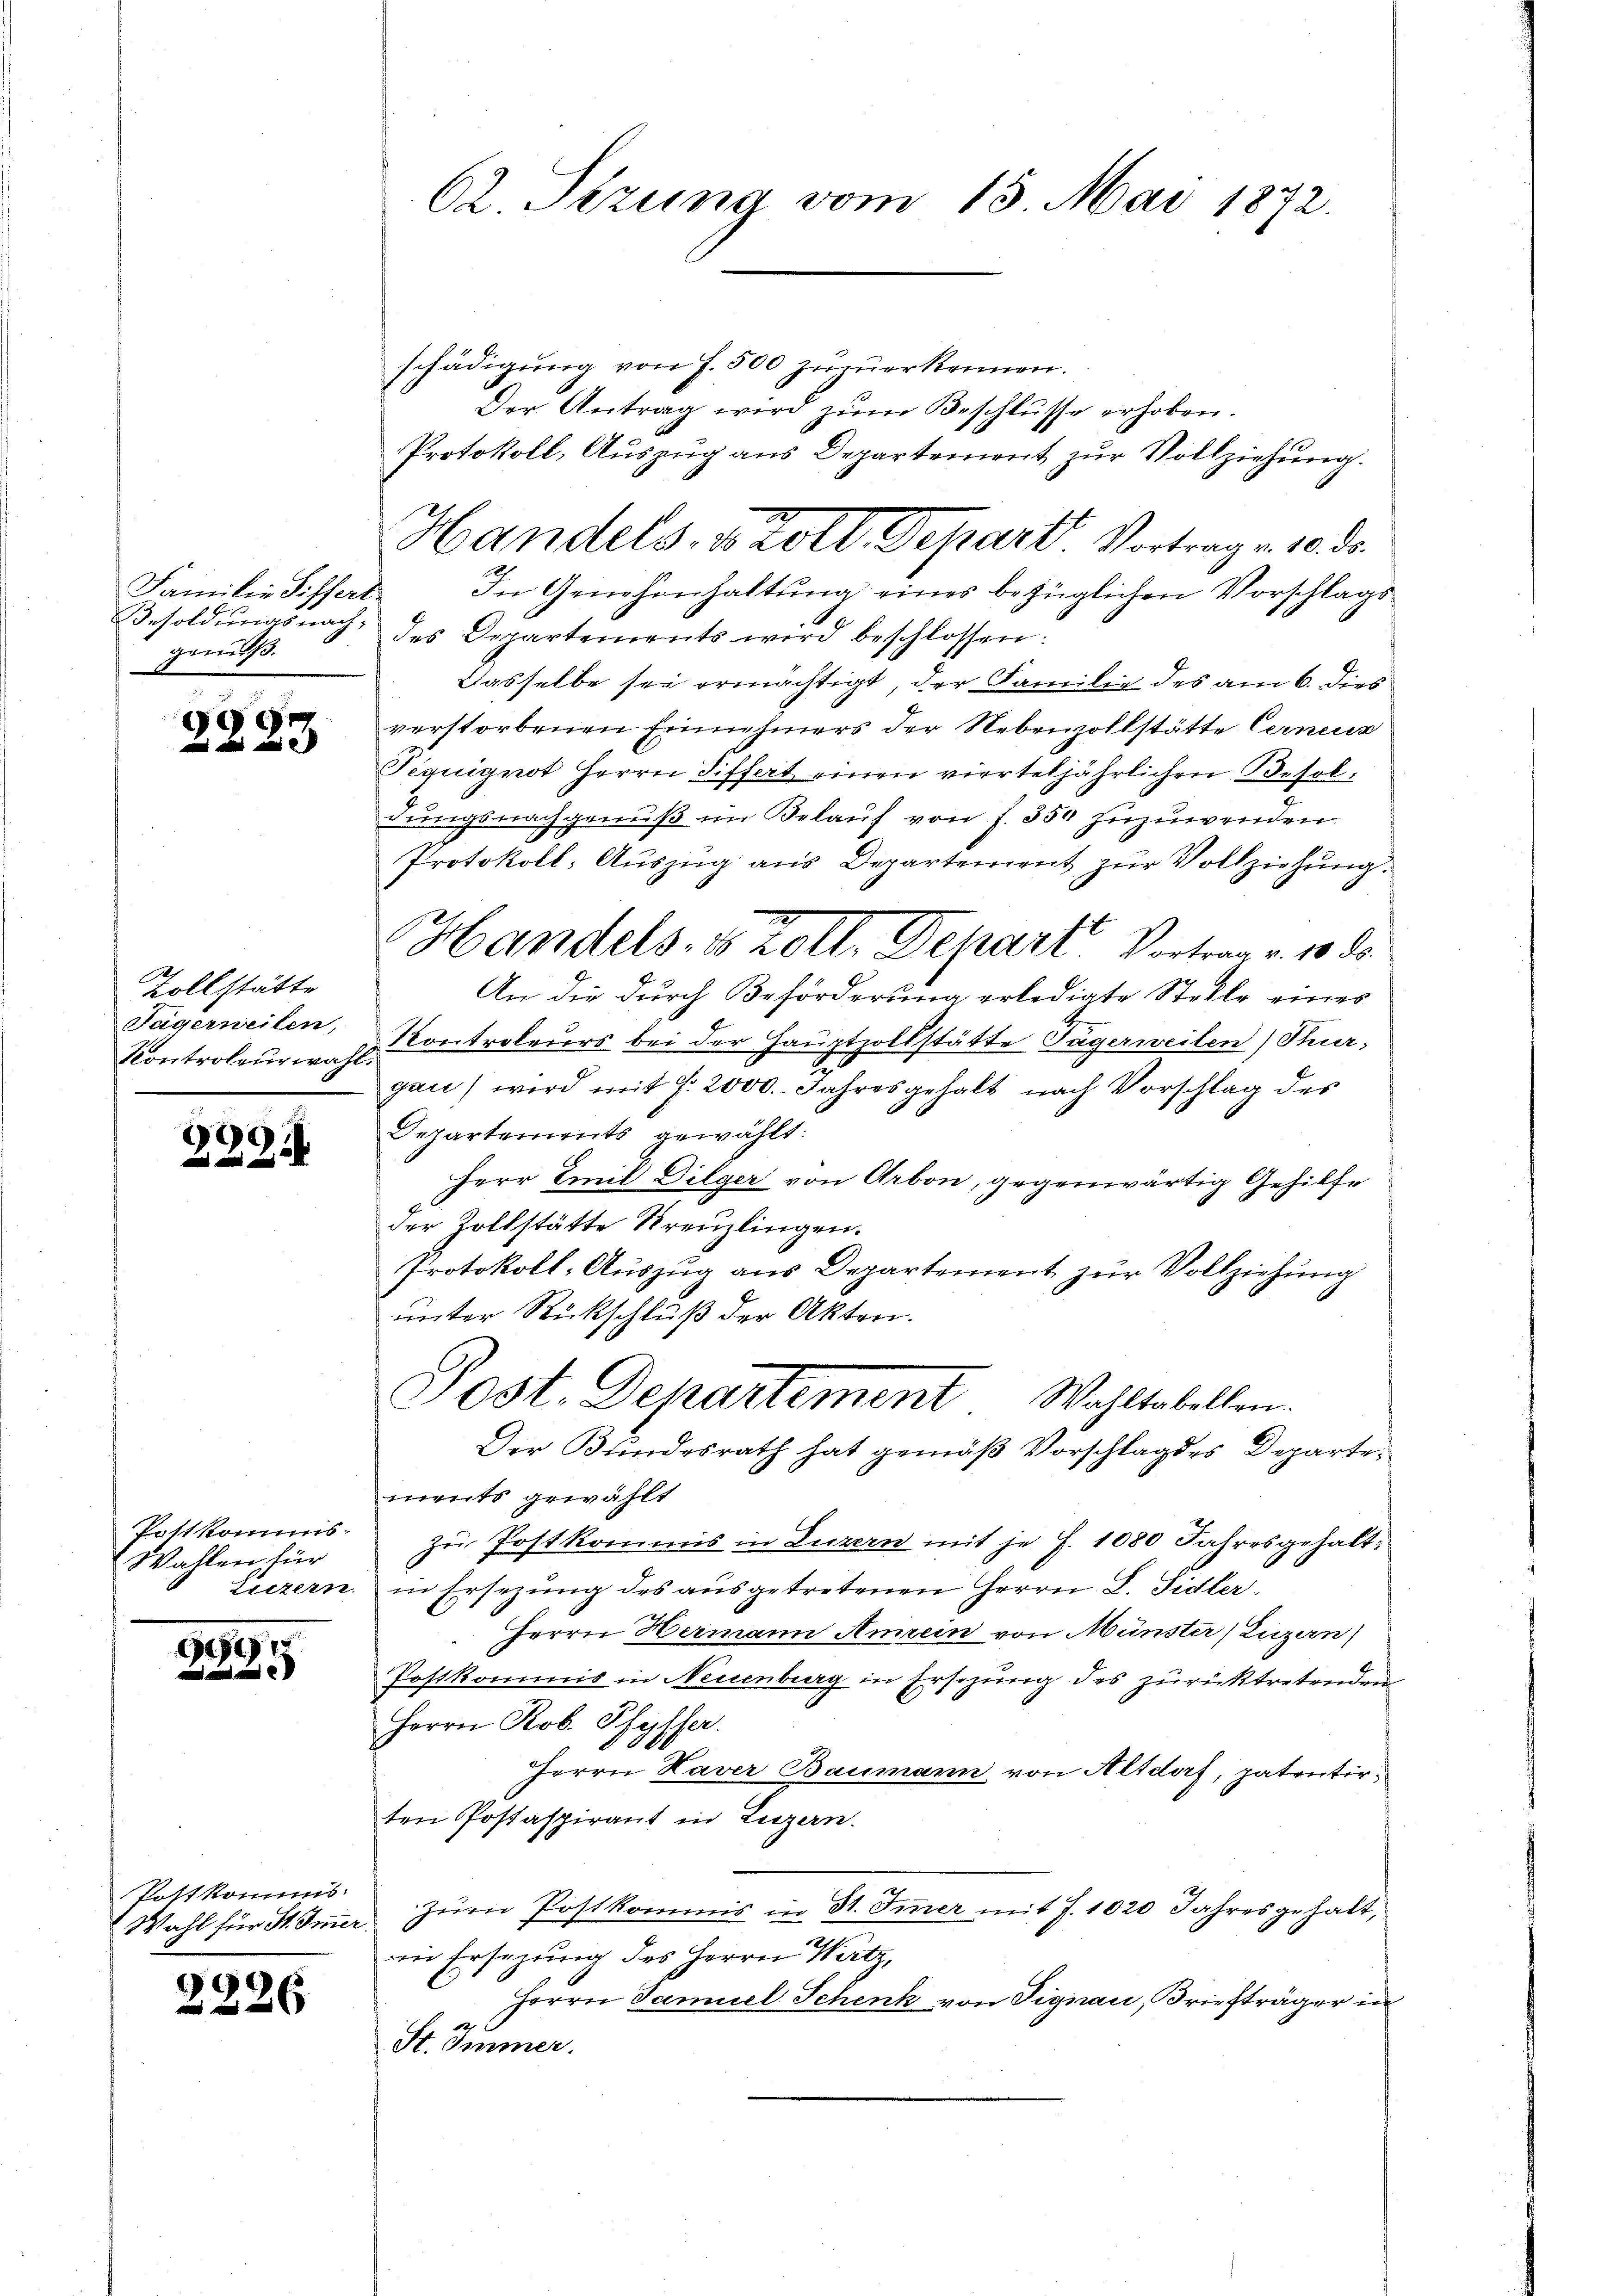
Familie Siffert
gewiß.

A
d

e

Zollstätte
Tägerneilen,
Kontroleur wahl

166

Pottkomms
Wahlen für
Luzern.

1
e

Pottkommis.
 Wahl für St. Immer

2226

62 Sezung vom 15. Mai 1872.

schädigŭng von f. 500 zŭzŭerkennen.
Der Antrag wird zŭm Beschlüsse erhoben.
Protokoll, Auszug aus Departement zur Vollziehung.
In Genehmhaltung eines bezüglichen Vorschlags
Besoldŭngsnach des Departements wird beschlossen:
Dasselbe sei ermächtigt, der Familie des am 6. dies
verstorbenen Einnehmers der Nebenzollstätte Cerneur
Tequignot Herrn Differt einen vierteljährlichen Besoldŭngsnachgenŭβ im Belaŭf von f. 350 zuzuwenden.
Protokoll- Aŭszŭg ans Departement zŭr Vollziehŭng.
Handels- 85 Zoll. Depart Vortrag v. 1883.
An die durch Beförderung erledigte Stelle eines
Kontroleurs bei der Hauptzollstätte Tägerweilen) Thur-
gan) wird mit f. 2000. Jahresgehalt nach Vorschlag des
Departements gewählt:
Herr Emil Dilger von Arbon, gegenwärtig Gehilfe
der Zollstätte Kreuzlingen.
Protokoll-Auszug aus Departement zur Vollziehung
unter Rückschluß der Akten.
Sost. Departement Wahltabellen.
Der Bundesrath hat gemäß Vorschlag des Departe
ments gewählt
zu Postkommis in Luzern mit je f. 1080 Jahresgehaltin Ersezung des ausgetretenen Herrn L. Fidler
Herrn Hermann Amrein von Münster (Luzern)
Postkommis in Neuenburg in Ersezung des zurücktretenden
Herrn Rob. Pfyffer
Herrn Haver Baumann von Altdorf, patentirten Postaspirant in Luzern.
zum Postkommis in St. Tier mit 7. 1020 Jahresgehalt,
an Ersezung des Herrn P
Herrn Samuel Schenk von Fignau, Briefträger in
St. Immer.

Handels, u. Zoll Depart Vortrag v. 10. ds.